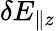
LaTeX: \delta E_{\parallel z}